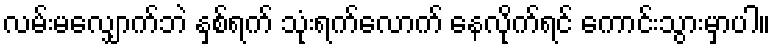
လမ်းမလျှောက်ဘဲ နှစ်ရက် သုံးရက်လောက် နေလိုက်ရင် ကောင်းသွားမှာပါ။